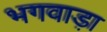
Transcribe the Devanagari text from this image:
भगवाड़ा